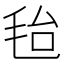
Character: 𣭆